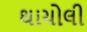
થાચોલી